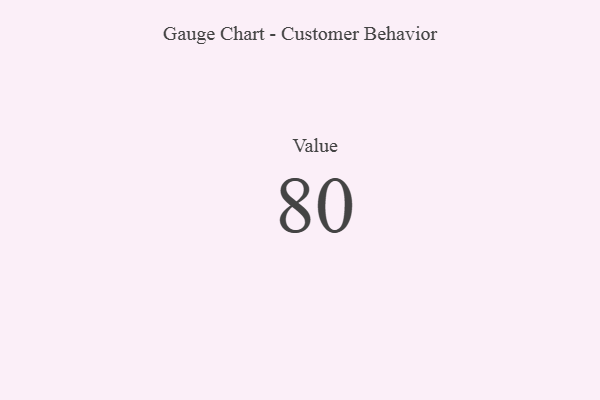
{"axis": {"x": "Metric", "y": "Value"}, "legend": [""], "data": [{"x": "Value", "y": 80, "type": ""}]}